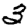
Digit: 3